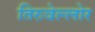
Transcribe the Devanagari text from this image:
तिरुवेल्लोर